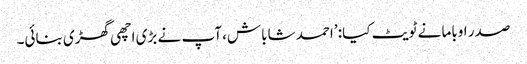
صدر اوباما نے ٹویٹ کیا: ’احمد شاباش، آپ نے بڑی اچھی گھڑی بنائی۔